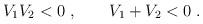
LaTeX: \begin{align*}V_1V_2<0\; ,\qquad V_1+V_2<0\; .\end{align*}